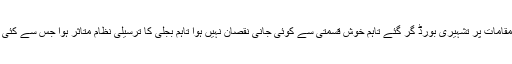
تیز ہواؤں کی وجہ سے کئی مقامات پر تشہیری بورڈ گر گئے تاہم خوش قسمتی سے کوئی جانی نقصان نہیں ہوا تاہم بجلی کا ترسیلی نظام متاثر ہوا جس سے کئی علاقوں میں بجلی بند ہو گئی۔